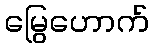
မြွေဟောက်